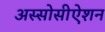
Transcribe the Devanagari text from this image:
अस्सोसीऐशन